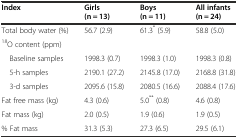
<table><thead><tr><td><b>Index</b></td><td><b>Girls (n = 13)</b></td><td><b>Boys (n = 11)</b></td><td><b>All infants (n = 24)</b></td></tr></thead><tbody><tr><td>Total body water (%)</td><td>56.7 (2.9)</td><td>61.3<sup>*</sup> (5.9)</td><td>58.8 (5.0)</td></tr><tr><td><sup>18</sup>O content (ppm)</td><td></td><td></td><td></td></tr><tr><td> Baseline samples</td><td>1998.3 (0.7)</td><td>1998.3 (1.0)</td><td>1998.3 (0.8)</td></tr><tr><td> 5-h samples</td><td>2190.1 (27.2)</td><td>2145.8 (17.0)</td><td>2168.8 (31.8)</td></tr><tr><td> 3-d samples</td><td>2095.6 (15.8)</td><td>2080.5 (16.6)</td><td>2088.4 (17.6)</td></tr><tr><td>Fat free mass (kg)</td><td>4.3 (0.6)</td><td>5.0<sup>**</sup> (0.8)</td><td>4.6 (0.8)</td></tr><tr><td>Fat mass (kg)</td><td>2.0 (0.5)</td><td>1.9 (0.6)</td><td>1.9 (0.5)</td></tr><tr><td>% Fat mass</td><td>31.3 (5.3)</td><td>27.3 (6.5)</td><td>29.5 (6.1)</td></tr></tbody></table>